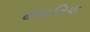
હવાતિયા